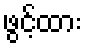
ဖွင့်ထား